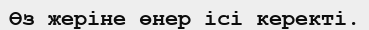
Өз жеріне өнер ісі керекті.